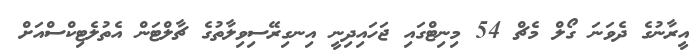
އީރާނުގެ ދެވަނަ ގޯލް މެޗް 54 މިނިޓްގައި ޖަހައިދިނީ އިނގިރޭސިވިލާތުގެ ޗާލްޓަން އެތުލެޓިކްސްއަށް